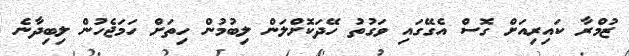
ޒުމްރާ ކައިރިއަށް ގޮސް އެގޭގައި ވަގުތު ހޭދަކޮށްލަން ލިބުމުން ހިތަށް ހަމަޖެހުން ލިބިދާނެ